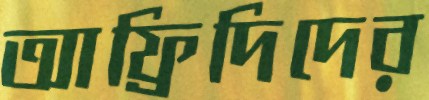
আফ্রিদিদের